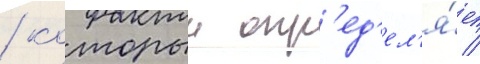
/ которыи опр'ед'ел'я́ет /